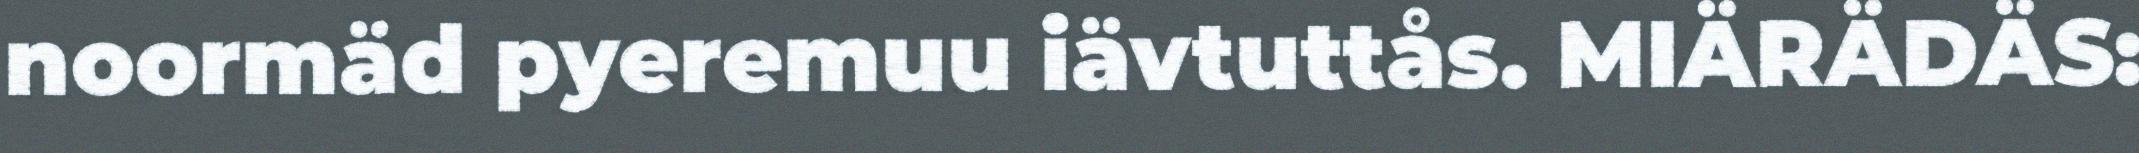
noormäd pyeremuu iävtuttås. MIÄRÄDÄS: